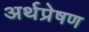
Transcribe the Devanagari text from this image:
अर्थप्रेषण